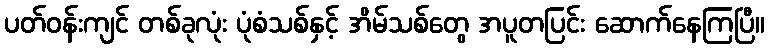
ပတ်ဝန်းကျင် တစ်ခုလုံး ပုံစံသစ်နှင့် အိမ်သစ်တွေ အပူတပြင်း ဆောက်နေကြပြီ။